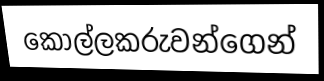
කොල්ලකරුවන්ගෙන්